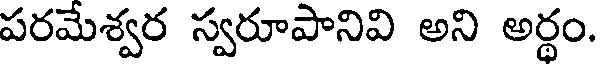
పరమేశ్వర స్వరూపానివి అని అర్థం.